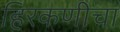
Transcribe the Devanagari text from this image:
हिरकणीचा